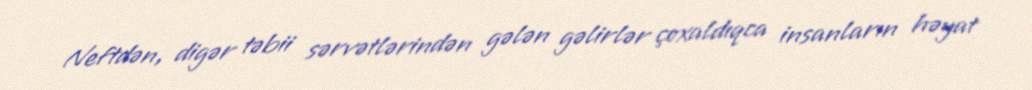
Neftdən, digər təbii sərvətlərindən gələn gəlirlər çoxaldıqca insanların həyat